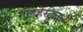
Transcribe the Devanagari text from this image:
गॅल्व्हेस्टनध्ये